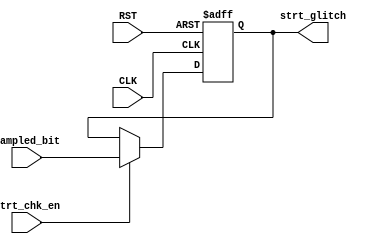
module strt_chk (strt_chk_en,strt_glitch,CLK,RST,sampled_bit);
 input sampled_bit,CLK,RST,strt_chk_en;
 output reg strt_glitch; 
 always @(posedge CLK or negedge RST ) begin
   if (!RST) begin
    strt_glitch<=1;
   end else begin
    if (strt_chk_en) begin
    strt_glitch <= sampled_bit;
    end 
   end 
 end  
endmodule